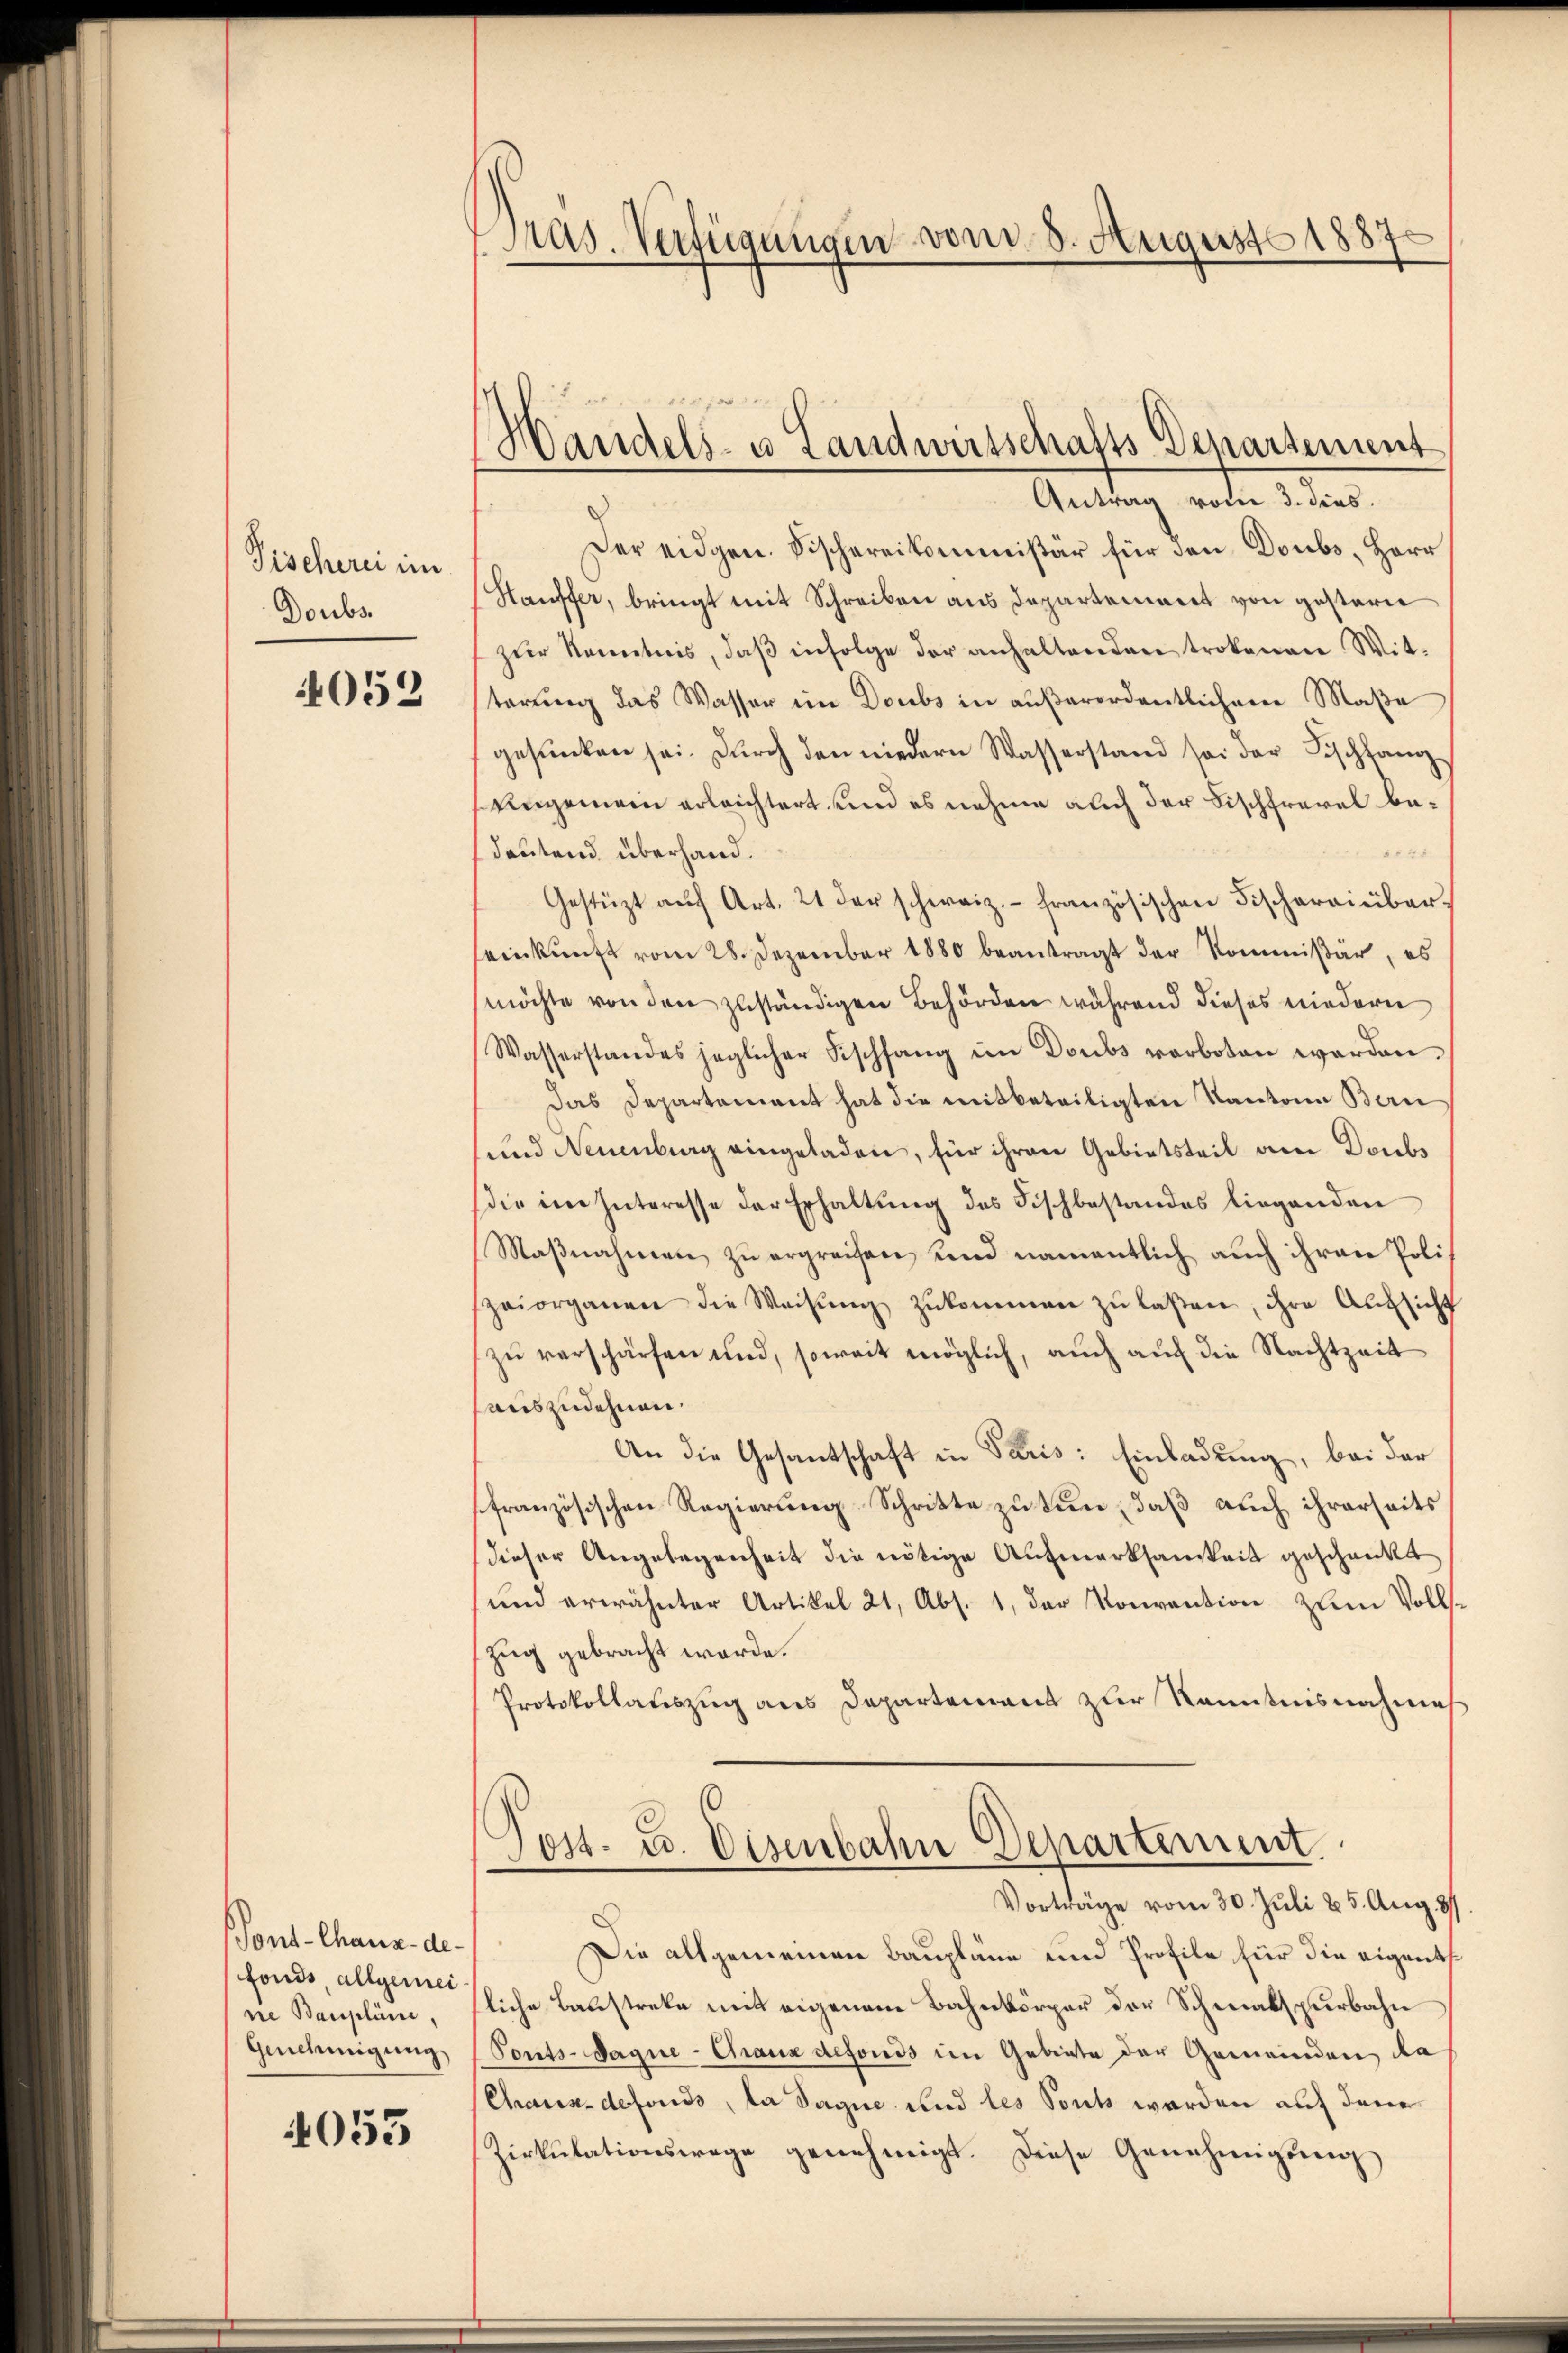
Fischerei im
Doubs

4052

Pont-Chaux-de-
fonds allgemei
ne Baupläne,
Genehmigung

4053

Pras. Verfügungen vom 8. August 1887.

Handels- u Landwirtschafts Departement

Antrag vom 3. dies.
Der eidgen. Vischereikommissär für den Doubs, Herr
Hauffer, bringt mit Schreiben aus Departement von gestern
zur Kenntnis, daß infolge der anhaltenden trokenen Witterung das Wasser im Doubs in außerordentlichem Maße
gesunken sei. Durch den niedern Wasserstand sei der Fischfang
Ungemein erleichtert, und es nehme auch der Fischfrevel be¬
145
deutend überhand.
Gestützt aŭf Art. 21 der schweiz.- französischen Fischereinber
seinkunft vom 28. Dezember 1880 beantragt der Kommissär, es
möchte von den zuständigen Behörden während dieses niedern
Wasserstandes jeglicher Fischfang im Doubs verboten werden.
Das Departement hat die mitbeteiligten Kantone Bern
und Neuenburg eingeladen, für ihren Gebietsteil am Doubs
die im Interesse der Erhaltŭng des Fischbestandes liegenden
Maßnahmen zu ergreifen, und namentlich auch ihren Polizeiorganen die Weisŭng zŭkommen zŭ laßen, ihre Aufsicht
zu verschärfen und, soweit möglich, auch auch die Nachtzeit
auszudehnen.
An die Gesantschaft in Paris: Einladung, bei der
französischen Regierung Schritte zu tun, daß auch ihrerseits
dieser Angelegenheit die nötige Aufmerksamkeit geschenkt
und erwähnter Artikel 21, Abs. 1, der Konvention zum Volls-
zug gebracht werde.
Protokollauszug aus Departement zur Kenntnisnahmes
Tost- u. Eisenbahn Departement.
Vorträge vom 30. Juli 25. Aug. 37
Die allgemeinen Baupläne und Profile für die eigentsliche Baustreke mit eigenem Bahnkörper der Schmalspurbahn
Ponts-Jaque-Chaux defonds im Gebiete der Gemeinden de
Chaux-defonds, la Sagne und les Souts werden auf den
Zirkŭlationswege genehmigt. Diese Genehmigŭng